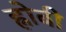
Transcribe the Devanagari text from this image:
ह्नोबी